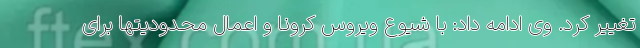
تغییر کرد. وی ادامه داد: با شیوع ویروس کرونا و اعمال محدودیتها برای